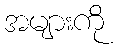
အများကို